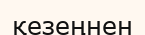
қезеңнен